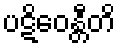
ပဋိဝေန္တီတိ